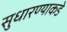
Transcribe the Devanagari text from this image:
सुधारण्याकडे